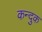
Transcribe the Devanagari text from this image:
कन्दुक